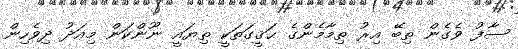
ސާފު ވެގެން ތިބޭ އިރު ތިމާމެންގެ ޙަޤީގަތަކީ ތިޔައީ ނޫންކަން މިއަދު ދިވެހިން